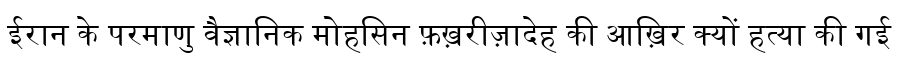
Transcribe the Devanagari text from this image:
ईरान के परमाणु वैज्ञानिक मोहसिन फ़ख़रीज़ादेह की आख़िर क्यों हत्या की गई